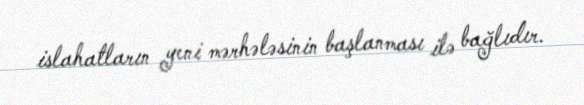
islahatların yeni mərhələsinin başlanması ilə bağlıdır.